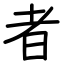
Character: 者